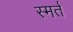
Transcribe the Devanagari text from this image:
स्मर्त